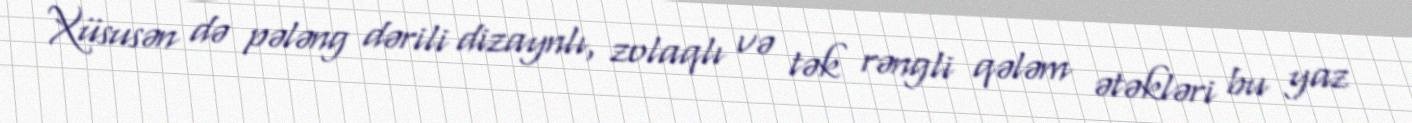
Xüsusən də pələng dərili dizaynlı, zolaqlı və tək rəngli qələm ətəkləri bu yaz